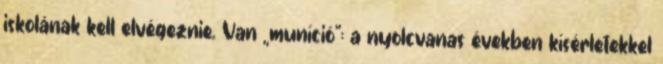
iskolának kell elvégeznie. Van „muníció”: a nyolcvanas években kísérletekkel